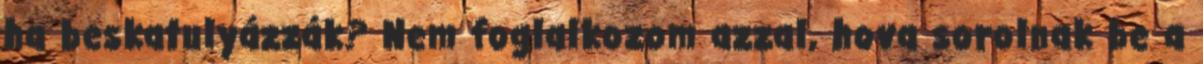
ha beskatulyázzák? Nem foglalkozom azzal, hova sorolnak be a